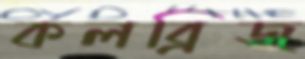
কলব্রিজ